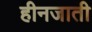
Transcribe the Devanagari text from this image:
हीनजाती